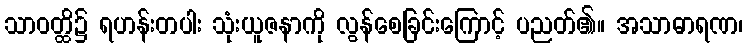
သာဝတ္ထိ၌ ရဟန်းတပါး သုံးယူဇနာကို လွန်စေခြင်းကြောင့် ပညတ်၏။ အသာဓာရဏ၊